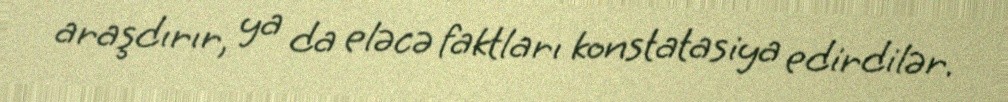
araşdırır, ya da eləcə faktları konstatasiya edirdilər.